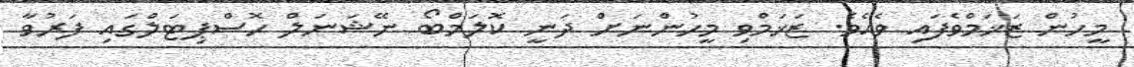
މީހުން ޒަޚަމްވެފައި ވެއެވެ. ޒަޚަމްވި މީހުންނަށް ދަނީ ކޮލަމްބޯ ނޭޝަނަލް ހޮސްޕިޓަލްގައި ފަރުވާ